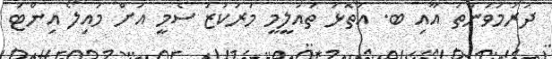
ދަރުމަވަންތަ އާއި ބ. އަތޮޅު ތައުލީމީ މަރުކަޒު ސެމީ އަށް މައިލޯ އިންޓަ